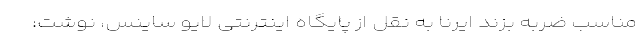
مناسب ضربه بزند ایرنا به نقل از پایگاه اینترنتی لایو ساینس، نوشت: